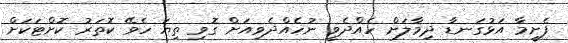
ފެށީމާ އަޅުގަނޑާ ދިމާލަށް ހެއްދެވީ ނުހެއްދެވިއަށް ގޮވި ތިޔަ ހެވޭ ކޮތަރު ކޮށްޓަކަށް